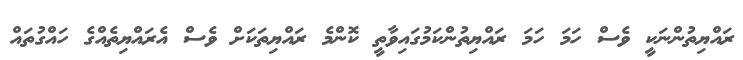
ރައްޔިތުންނަކީ ވެސް ހަމަ ހަމަ ރައްޔިތުންކަމުގައިވާތީ ކޮންމެ ރައްޔިތަކަށް ވެސް އެރައްޔިތެއްގެ ހައްގުތައް